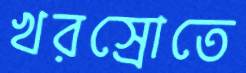
খরস্রোতে